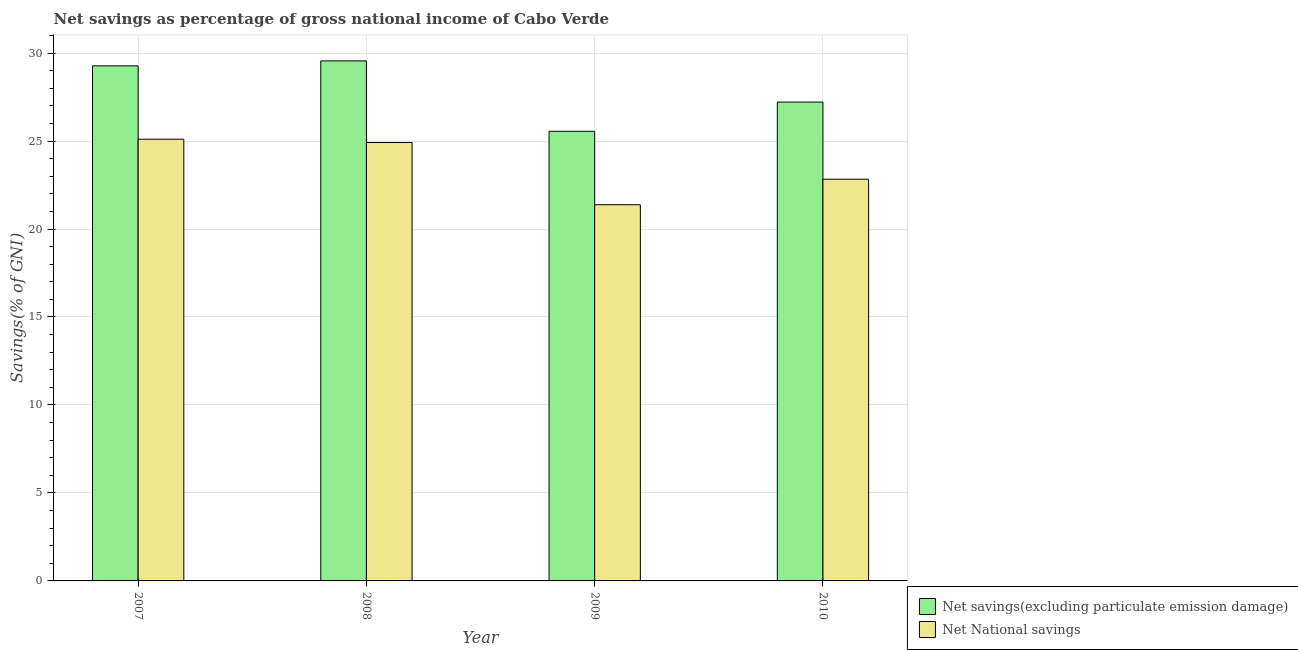
| Year | Net savings(excluding particulate emission damage) | Net National savings |
 | --- | --- | --- |
 | 2007 | 29.3 | 25.1 |
 | 2008 | 29.6 | 24.9 |
 | 2009 | 25.6 | 21.4 |
 | 2010 | 27.2 | 22.8 |